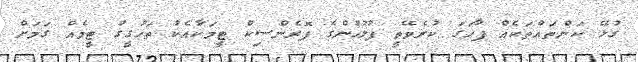
ގުޅޭ ކަންތައްތަކެއް ފާހަގަ ކުރެވޭތީ ފުލުހުންގެ ފޮރެންސިކް ޓީމަކާއެކު ތަހުގީގު ޓީމެއް ގަމަށް